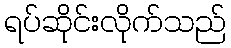
ရပ်ဆိုင်းလိုက်သည်